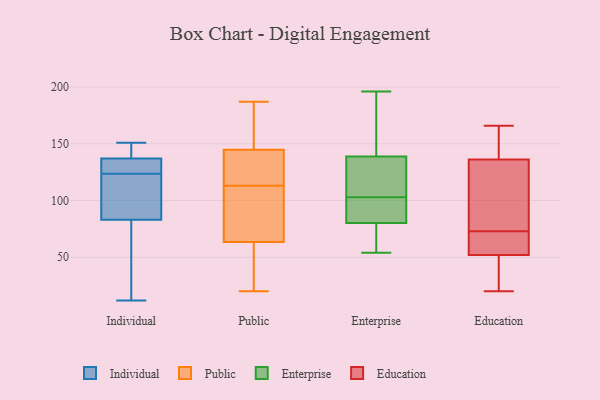
{"axis": {"x": "Temperature (°C)", "y": "Value"}, "legend": ["Education", "Enterprise", "Individual", "Public"], "data": [{"x": "", "y": 132, "type": "Individual"}, {"x": "", "y": 81, "type": "Individual"}, {"x": "", "y": 30, "type": "Individual"}, {"x": "", "y": 85, "type": "Individual"}, {"x": "", "y": 12, "type": "Individual"}, {"x": "", "y": 53, "type": "Individual"}, {"x": "", "y": 126, "type": "Individual"}, {"x": "", "y": 136, "type": "Individual"}, {"x": "", "y": 151, "type": "Individual"}, {"x": "", "y": 138, "type": "Individual"}, {"x": "", "y": 133, "type": "Individual"}, {"x": "", "y": 88, "type": "Individual"}, {"x": "", "y": 138, "type": "Individual"}, {"x": "", "y": 121, "type": "Individual"}, {"x": "", "y": 105, "type": "Individual"}, {"x": "", "y": 148, "type": "Individual"}, {"x": "", "y": 93, "type": "Public"}, {"x": "", "y": 113, "type": "Public"}, {"x": "", "y": 173, "type": "Public"}, {"x": "", "y": 138, "type": "Public"}, {"x": "", "y": 112, "type": "Public"}, {"x": "", "y": 69, "type": "Public"}, {"x": "", "y": 47, "type": "Public"}, {"x": "", "y": 20, "type": "Public"}, {"x": "", "y": 132, "type": "Public"}, {"x": "", "y": 187, "type": "Public"}, {"x": "", "y": 24, "type": "Public"}, {"x": "", "y": 165, "type": "Public"}, {"x": "", "y": 116, "type": "Public"}, {"x": "", "y": 83, "type": "Enterprise"}, {"x": "", "y": 109, "type": "Enterprise"}, {"x": "", "y": 183, "type": "Enterprise"}, {"x": "", "y": 72, "type": "Enterprise"}, {"x": "", "y": 102, "type": "Enterprise"}, {"x": "", "y": 124, "type": "Enterprise"}, {"x": "", "y": 190, "type": "Enterprise"}, {"x": "", "y": 110, "type": "Enterprise"}, {"x": "", "y": 83, "type": "Enterprise"}, {"x": "", "y": 103, "type": "Enterprise"}, {"x": "", "y": 64, "type": "Enterprise"}, {"x": "", "y": 54, "type": "Enterprise"}, {"x": "", "y": 196, "type": "Enterprise"}, {"x": "", "y": 136, "type": "Education"}, {"x": "", "y": 62, "type": "Education"}, {"x": "", "y": 70, "type": "Education"}, {"x": "", "y": 137, "type": "Education"}, {"x": "", "y": 150, "type": "Education"}, {"x": "", "y": 166, "type": "Education"}, {"x": "", "y": 57, "type": "Education"}, {"x": "", "y": 20, "type": "Education"}, {"x": "", "y": 73, "type": "Education"}, {"x": "", "y": 28, "type": "Education"}, {"x": "", "y": 164, "type": "Education"}, {"x": "", "y": 37, "type": "Education"}, {"x": "", "y": 75, "type": "Education"}, {"x": "", "y": 95, "type": "Education"}, {"x": "", "y": 77, "type": "Education"}, {"x": "", "y": 68, "type": "Education"}, {"x": "", "y": 37, "type": "Education"}]}